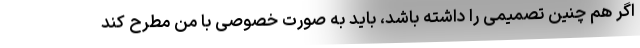
اگر هم چنین تصمیمی را داشته باشد، باید به صورت خصوصی با من مطرح کند